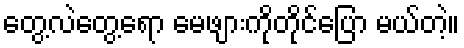
တွေ့လဲတွေ့ရော မေဖျားကိုတိုင်ပြော မယ်တဲ့။